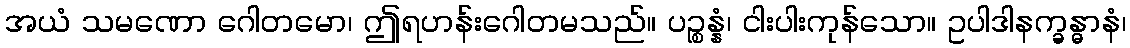
အယံ သမဏော ဂေါတမော၊ ဤရဟန်းဂေါတမသည်။ ပဉ္စန္နံ၊ ငါးပါးကုန်သော။ ဥပါဒါနက္ခန္ဓာနံ၊